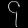
Digit: ၄